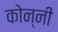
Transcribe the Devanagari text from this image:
कोन्नी